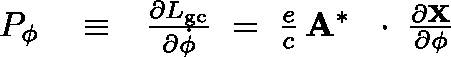
\begin{array} { r l r } { P _ { \phi } } & { { } \equiv } & { \frac { \partial L _ { \mathrm { g c } } } { \partial \dot { \phi } } \; = \; \frac { e } { c } \, { \bf A } ^ { * } \, \mathrm { ~ \boldmath ~ \cdot ~ } \, \frac { \partial \bf X } { \partial \phi } } \end{array}